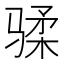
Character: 𱅟